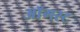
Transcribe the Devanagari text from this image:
अाॅगस्ट